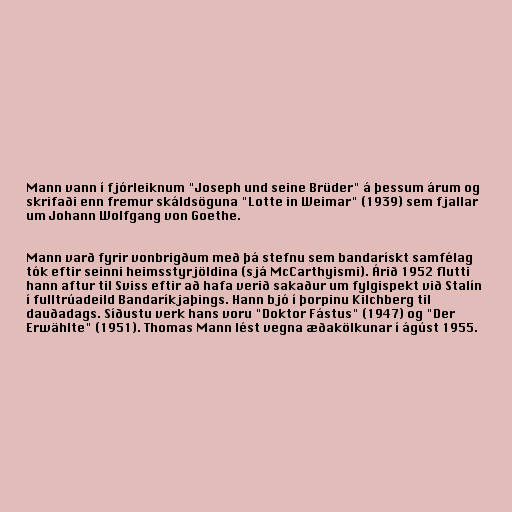
Mann vann í fjórleiknum "Joseph und seine Brüder" á þessum árum og
skrifaði enn fremur skáldsöguna "Lotte in Weimar" (1939) sem fjallar
um Johann Wolfgang von Goethe.

Mann varð fyrir vonbrigðum með þá stefnu sem bandarískt samfélag
tók eftir seinni heimsstyrjöldina (sjá McCarthyismi). Árið 1952 flutti
hann aftur til Sviss eftir að hafa verið sakaður um fylgispekt við Stalín
í fulltrúadeild Bandaríkjaþings. Hann bjó í þorpinu Kilchberg til
dauðadags. Síðustu verk hans voru "Doktor Fástus" (1947) og "Der
Erwählte" (1951). Thomas Mann lést vegna æðakölkunar í ágúst 1955.